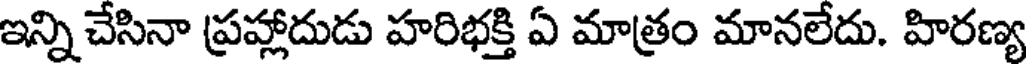
ఇన్ని చేసినా ప్రహ్లాదుడు హరిభక్తి ఏ మాత్రం మానలేదు. హిరణ్య